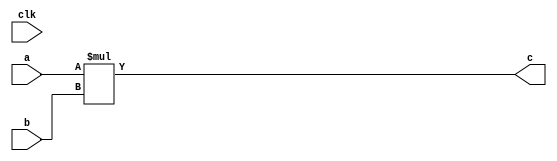
// Code your design here
// Code your design here
module multiplier(a,b,c,clk);
  input [2:0] a;
  input clk;
  input [2:0] b;
  output reg [4:0]c;
  
  always @(*)
    begin
      c = a*b;
    end
endmodule